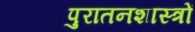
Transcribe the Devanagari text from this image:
पुरातनशास्त्रों